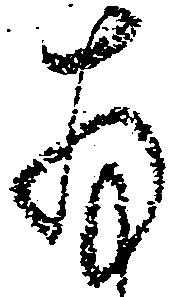
存